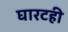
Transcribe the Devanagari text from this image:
घारटही